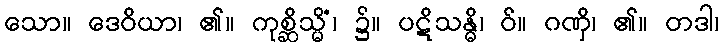
သော။ ဒေဝိယာ၊ ၏။ ကုစ္ဆိသ္မိံ၊ ၌။ ပဋိသန္ဓိ၊ ဝ်။ ဂဏှိ၊ ၏။ တဒါ၊